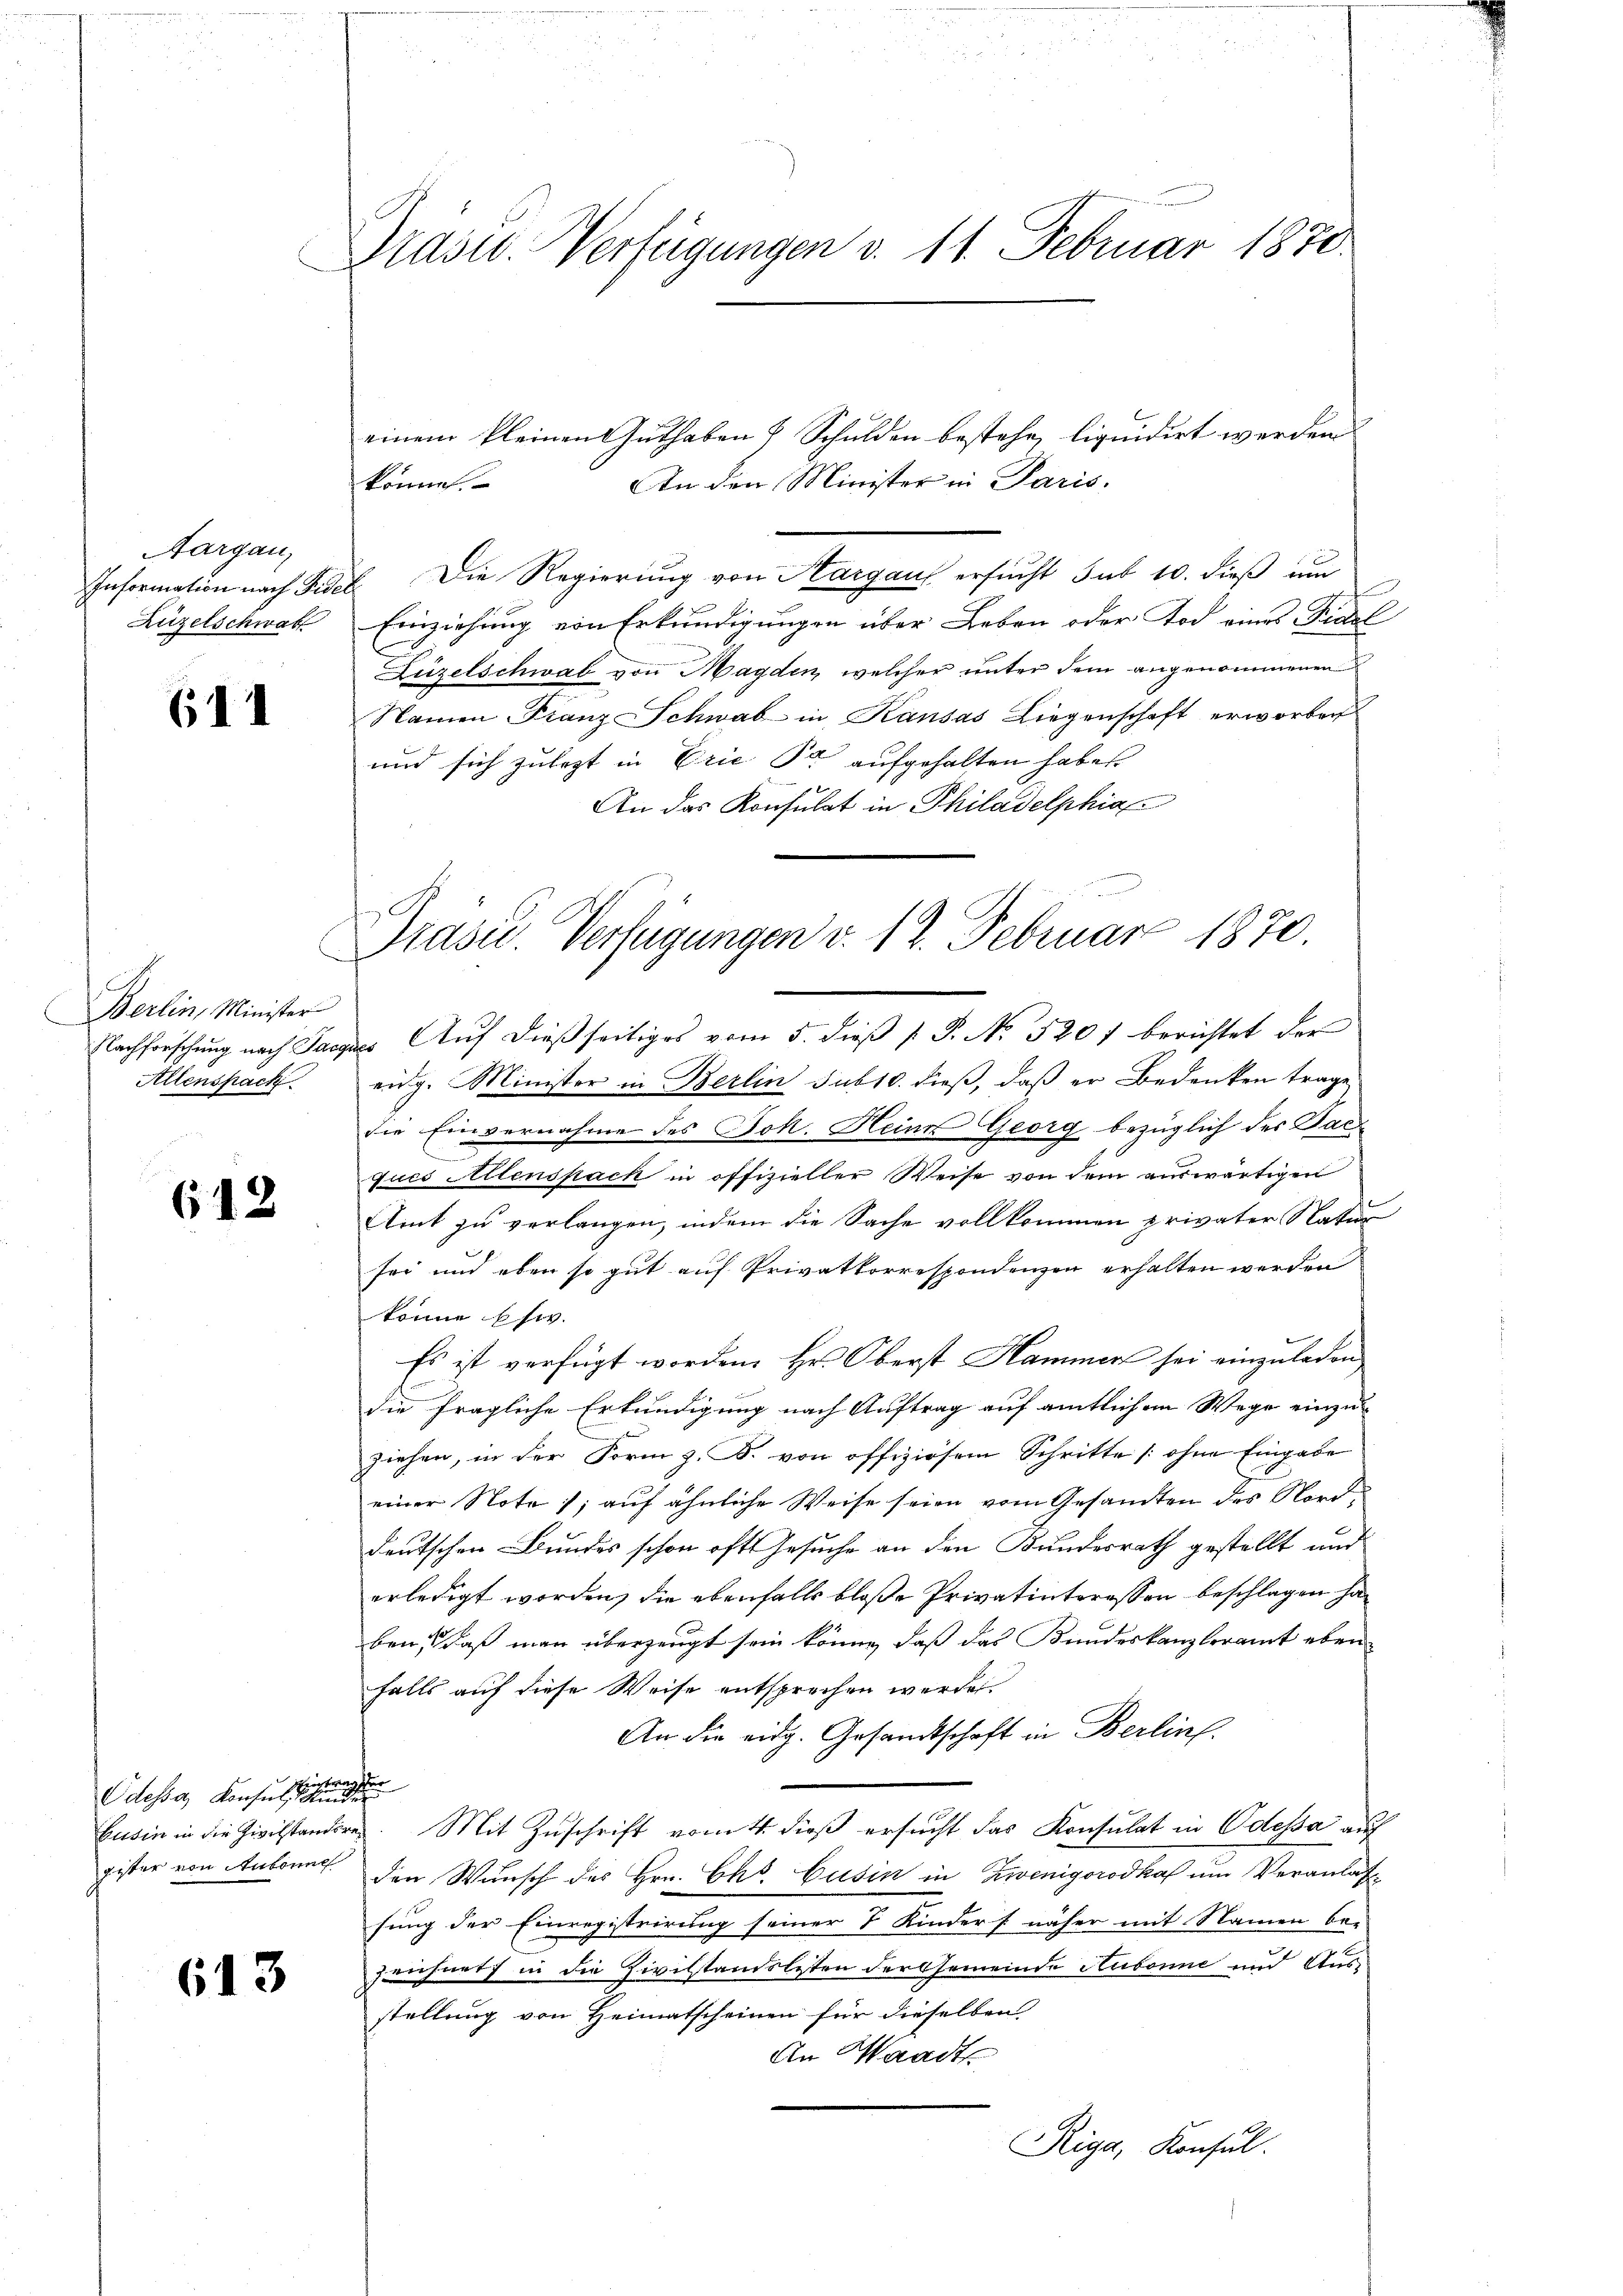
Aargau,
Rüzelschwalt

611

Berlin, Minister
Nachforschung nach Pac
Allenspack

612

Eintrag zu
Odessa, Konsuls und
gester von Aubonnel

613

Prass. Verfügungen v. 11. Februar 1870.

einem kleinen Guthaben 7 Schulden bestehe, liquidirt werden
An den Minister in Paris,
können.
Information nach Fidel. Die Regierung von Aargau ersucht sub 10. dieß um
Einziehung von Erkundigungen über Leben oder Tod eines Fidel
Lüzelschwab von Magden, welcher unter dem angenommenen
Namen Franz-Schwab in Kausas Liegenschaft erworben
und sich zulezt in Erie Par aufgehalten haben

An das Konsulat in Philadelphia
aus Auf dießseitiges vom 5. dieß P. P. No. 3201 berichtet der
eidg. Minister in Berlin sub 10. dieß, daß er Bedenken trage
die Einvernahme des Joh. Heine Georg bezüglich des Sac
ques Allenspack in offizieller Weise von dem auswärtigen
Aint zu verlangen, indem die Sache vollkommen privater Nation
sei und eben so gut auf Privatkorrespondenzen erhalten werden
könne si
Es ist verfügt worden. Hr. Oberst Hammer sei einzuladen
die fragliche Erkundigung nach Auftrag auf amtlichen Wege einzuziehen, in der Form z. B. von offiziösem Schritte (ohne Eingabe
einer Note ; auf ähnliche Weise seien vom Gesandten des Norddeutschen Bundes schon oft Gesuche an den Bundesrath gestellt und
erledigt worden, die ebenfalls bloße Privatinteressen beschlagen ha
ben, daß man überzeugt sein könne, daß das Bundeskanzleramt eben
falls auf diese Weise entsprochen werden.
An die eidg. Gesandtschaft in Berlin.
Eusin in die Zivilstandere. Mit Zuschrift vom 4. dieß ersucht das Konsulat in Odessa auf
den Wunsch des Hrn. Chs. Gusen in Zwenigorodkaf um Veranlassung der Einregistrirung seiner 8 Kinders näher mit Namen be-
Zeichnet in die Zivilstandolsten der Gemeinde Aubonne und Aus-
stellung von Heimatscheinen für dieselben
An Waadt
Riga, Konsul

Präsid. Verfügungen v. 12. Februar 1870.